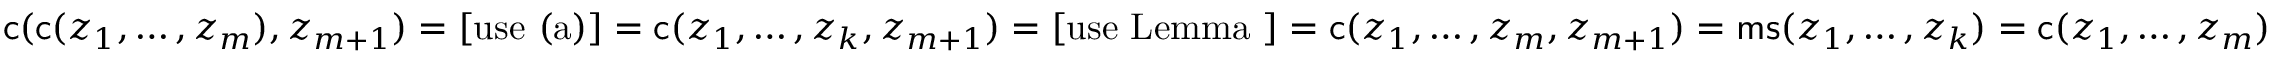
\mathsf { c } ( \mathsf { c } ( z _ { 1 } , \ldots , z _ { m } ) , z _ { m + 1 } ) = [ \mathrm { u s e ~ ( a ) } ] = \mathsf { c } ( z _ { 1 } , \ldots , z _ { k } , z _ { m + 1 } ) = [ \mathrm { u s e ~ L e m m a ~ } ] = \mathsf { c } ( z _ { 1 } , \ldots , z _ { m } , z _ { m + 1 } ) = \mathsf { m s } ( z _ { 1 } , \ldots , z _ { k } ) = \mathsf { c } ( z _ { 1 } , \ldots , z _ { m } )